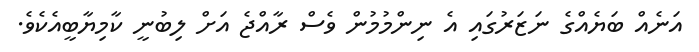
އަނެއް ބަޔެއްގެ ނަޒަރުގައި އެ ނިންމުމުން ވެސް ރާއްޖެ އަށް ލިބުނީ ކާމިޔާބީއެކެވެ.